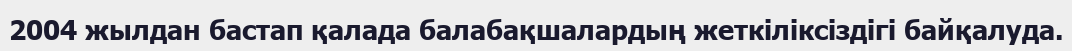
2004 жылдан бастап қалада балабақшалардың жеткіліксіздігі байқалуда.